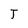
Character: T